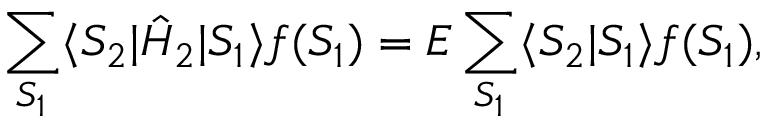
\sum _ { S _ { 1 } } \langle S _ { 2 } | \hat { H } _ { 2 } | S _ { 1 } \rangle f ( S _ { 1 } ) = E \sum _ { S _ { 1 } } \langle S _ { 2 } | S _ { 1 } \rangle f ( S _ { 1 } ) ,